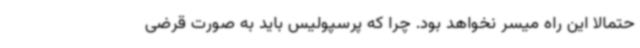
حتمالا این راه میسر نخواهد بود. چرا که پرسپولیس باید به صورت قرضی